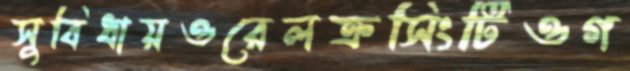
সুবিধায়ওরেলক্রসিংটিওগ